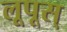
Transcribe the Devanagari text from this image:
लूपूस्